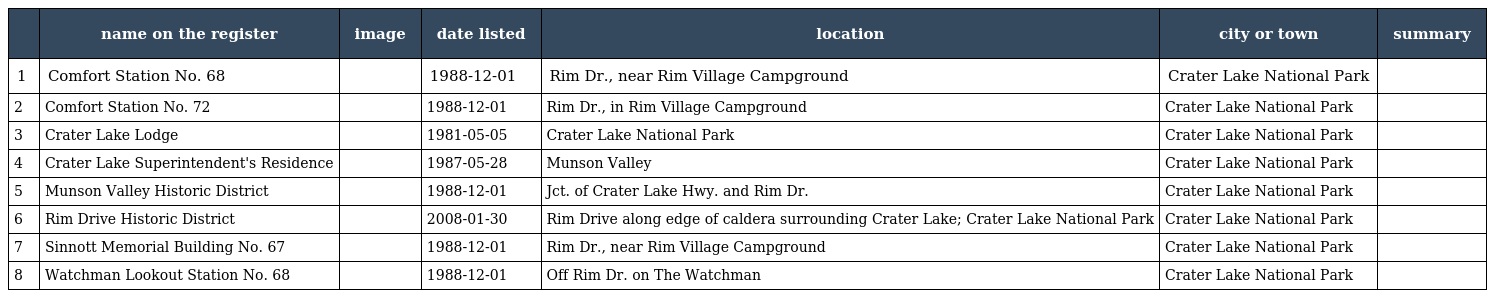
|  | name on the register | image | date listed | location | city or town | summary |
 | --- | --- | --- | --- | --- | --- | --- |
 | 1 | Comfort Station No. 68 |  | 1988-12-01 | Rim Dr., near Rim Village Campground | Crater Lake National Park |  |
 | 2 | Comfort Station No. 72 |  | 1988-12-01 | Rim Dr., in Rim Village Campground | Crater Lake National Park |  |
 | 3 | Crater Lake Lodge |  | 1981-05-05 | Crater Lake National Park | Crater Lake National Park |  |
 | 4 | Crater Lake Superintendent's Residence |  | 1987-05-28 | Munson Valley | Crater Lake National Park |  |
 | 5 | Munson Valley Historic District |  | 1988-12-01 | Jct. of Crater Lake Hwy. and Rim Dr. | Crater Lake National Park |  |
 | 6 | Rim Drive Historic District |  | 2008-01-30 | Rim Drive along edge of caldera surrounding Crater Lake; Crater Lake National Park | Crater Lake National Park |  |
 | 7 | Sinnott Memorial Building No. 67 |  | 1988-12-01 | Rim Dr., near Rim Village Campground | Crater Lake National Park |  |
 | 8 | Watchman Lookout Station No. 68 |  | 1988-12-01 | Off Rim Dr. on The Watchman | Crater Lake National Park |  |